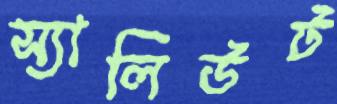
স্যালিউট